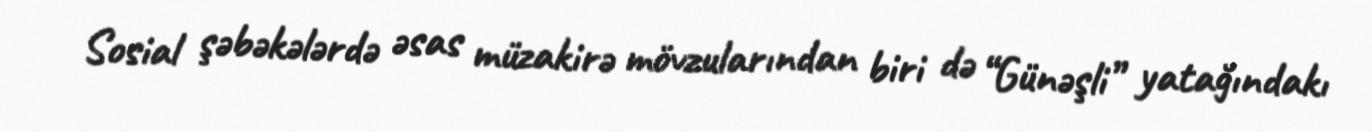
Sosial şəbəkələrdə əsas müzakirə mövzularından biri də “Günəşli” yatağındakı